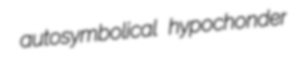
autosymbolical hypochonder